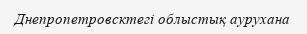
Днепропетровсктегі облыстық аурухана